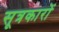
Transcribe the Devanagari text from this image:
सूत्रकारों